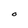
Character: O